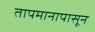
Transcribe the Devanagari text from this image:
तापमानापासून